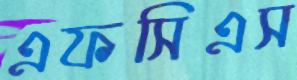
এফসিএস